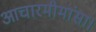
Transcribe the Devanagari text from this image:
आचारमीमांसा।